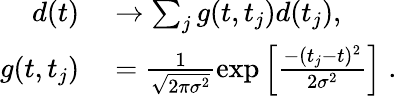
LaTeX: \begin{array}{rl}{d(t)}&{{}\to\sum_{j}g(t,t_{j})d(t_{j}),}\\ {g(t,t_{j})}&{{}=\frac{1}{\sqrt{2\pi\sigma^{2}}}\exp\left[\frac{-(t_{j}-t)^{2}}{2\sigma^{2}}\right]\; .}\end{array}